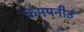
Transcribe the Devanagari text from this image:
कमपनीउं